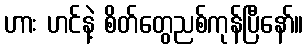
ဟား ဟင်နဲ့ စိတ်တွေညစ်ကုန်ပြီနော်။